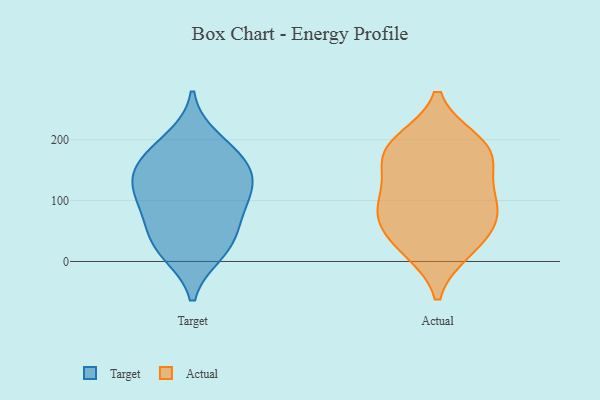
{"axis": {"x": "Headcount", "y": "Value"}, "legend": ["Actual", "Target"], "data": [{"x": "", "y": 136, "type": "Target"}, {"x": "", "y": 15, "type": "Target"}, {"x": "", "y": 172, "type": "Target"}, {"x": "", "y": 167, "type": "Target"}, {"x": "", "y": 41, "type": "Target"}, {"x": "", "y": 200, "type": "Target"}, {"x": "", "y": 21, "type": "Target"}, {"x": "", "y": 147, "type": "Target"}, {"x": "", "y": 120, "type": "Target"}, {"x": "", "y": 98, "type": "Target"}, {"x": "", "y": 64, "type": "Target"}, {"x": "", "y": 101, "type": "Target"}, {"x": "", "y": 74, "type": "Actual"}, {"x": "", "y": 21, "type": "Actual"}, {"x": "", "y": 183, "type": "Actual"}, {"x": "", "y": 195, "type": "Actual"}, {"x": "", "y": 75, "type": "Actual"}, {"x": "", "y": 98, "type": "Actual"}, {"x": "", "y": 19, "type": "Actual"}, {"x": "", "y": 125, "type": "Actual"}, {"x": "", "y": 163, "type": "Actual"}, {"x": "", "y": 167, "type": "Actual"}, {"x": "", "y": 197, "type": "Actual"}, {"x": "", "y": 49, "type": "Actual"}, {"x": "", "y": 92, "type": "Actual"}]}